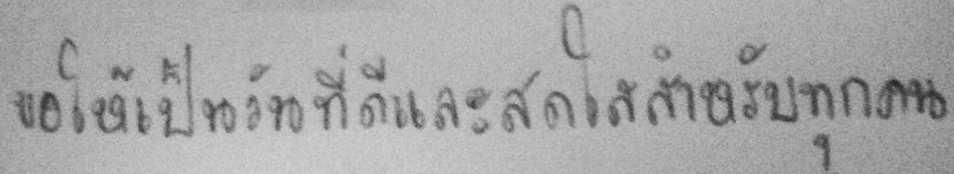
ขอให้เป็นวันที่ดีและสดใสสำหรับทุกคน